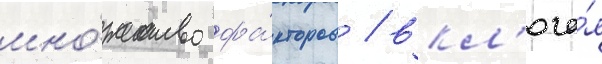
мно́жество фа́кторов / вкл'юча́я